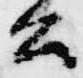
公